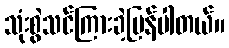
သုံးစွဲသင်ကြားခဲ့ပြန်ပါတယ်။